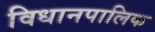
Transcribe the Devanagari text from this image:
विधानपालिक